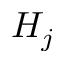
H _ { j }